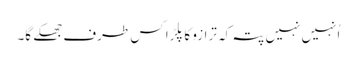
اُنہیں نہیں پتہ کہ ترازو کا پلڑا کس طرف جھکے گا۔